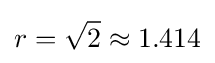
r={\sqrt {2}}\approx 1.414